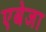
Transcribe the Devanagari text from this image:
एबेजा